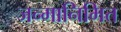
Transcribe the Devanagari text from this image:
जन्मानिमित्त